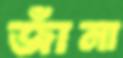
জাঁনা